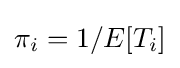
\pi _{i}=1/E[T_{i}]